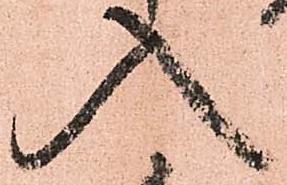
入